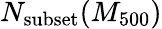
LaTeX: N_{\mathrm{subset}}(M_{500})